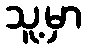
သူ့မှာ